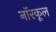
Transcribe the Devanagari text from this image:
नॉरकूल